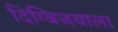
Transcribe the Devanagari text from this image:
दिग्विजयाला